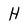
Character: H